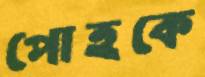
পোহকে